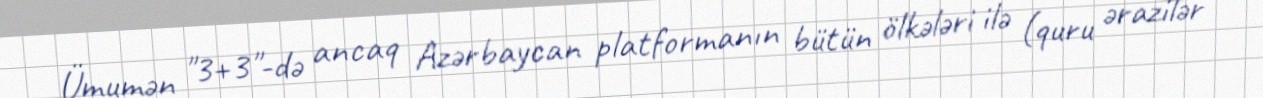
Ümumən "3+3"-də ancaq Azərbaycan platformanın bütün ölkələri ilə (quru ərazilər